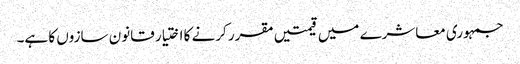
جمہوری معاشرے میں قیمتیں مقرر کرنے کا اختیار قانون سازوں کا ہے۔